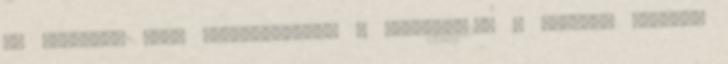
az ügyéről. Üdv. Hitelsakkmatt - 06304845236 A GRAFIKA HÓNAPJA